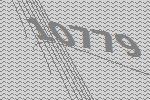
10779